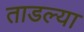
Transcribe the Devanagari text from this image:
ताडल्या